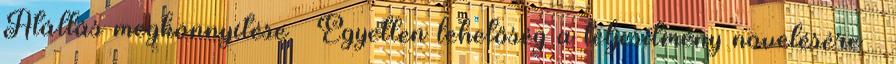
Átállás megkönnyítése ● Egyetlen lehetőség a teljesítmény növelésére ●